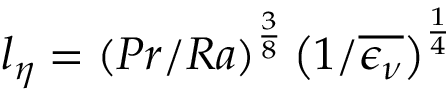
l _ { \eta } = \left( P r / R a \right) ^ { \frac { 3 } { 8 } } \left( 1 / \overline { { \epsilon _ { \nu } } } \right) ^ { \frac { 1 } { 4 } }